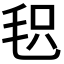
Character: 𣭓